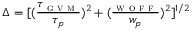
\Delta = [ ( \frac { \tau _ { \textsc { g v m } } } { \tau _ { p } } ) ^ { 2 } + ( \frac { \l _ { \textsc { w o f f } } } { w _ { p } } ) ^ { 2 } ] ^ { 1 / 2 }